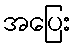
အပြေး